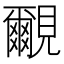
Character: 覼